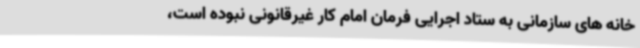
خانه های سازمانی به ستاد اجرایی فرمان امام کار غیرقانونی نبوده است،